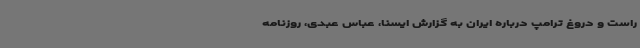
راست و دروغ ترامپ درباره ایران به گزارش ایسنا، عباس عبدی، روزنامه